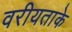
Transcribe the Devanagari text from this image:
वरीयताके